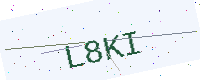
Text: L8KI